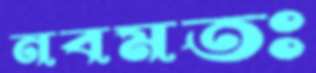
নবমতঃ